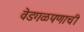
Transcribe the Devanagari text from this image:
वेडगळपणाची